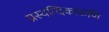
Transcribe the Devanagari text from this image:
प्रस्यन्दिकारुणि